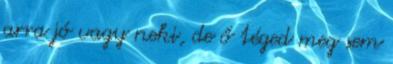
arra jó vagy neki, de ő téged meg sem